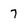
Character: 7